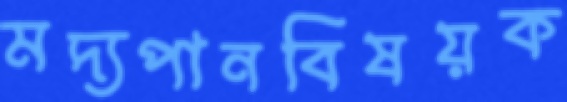
মদ্যপানবিষয়ক